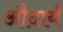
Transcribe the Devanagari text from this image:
औदार्यं